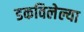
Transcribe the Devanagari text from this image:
डकविलेल्या